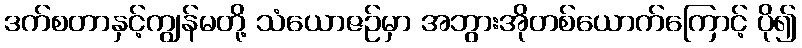
ဒက်စတာနှင့်ကျွန်မတို့ သံယောဇဉ်မှာ အဘွားအိုတစ်ယောက်ကြောင့် ပို၍